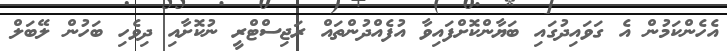
އެހެންކަމުން އެ ގަވައިދުގައި ބަޔާންކޮށްފައިވާ އުފެއްދުންތައް ރަޖިސްޓްރީ ނުކޮށާއި ދިވެހި ބަހުން ލޭބަލް